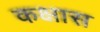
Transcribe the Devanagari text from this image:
कक्षास